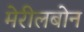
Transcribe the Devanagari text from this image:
मेरीलबोन